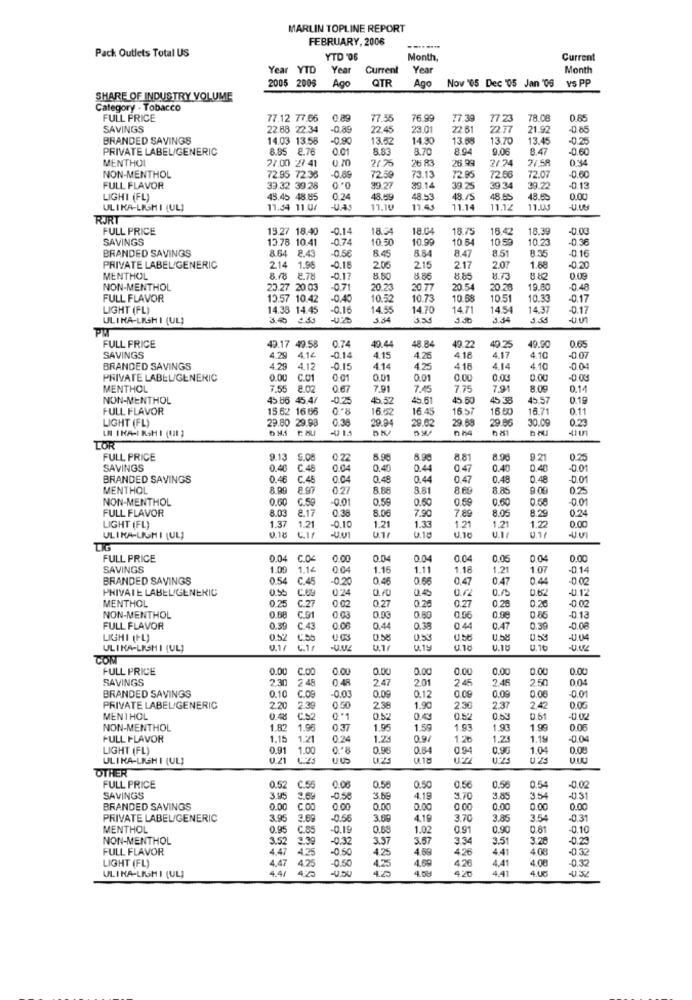
MARLIN TOPLINE REPORT
FEBRUARY, 2006
Pack Outlets Total US
YTD '06
Month,
Current
Year YTD
Year
Current
Year
Month
2005 2005
Ago
QTR
Ago
Nov '05 Dec '05 Jan '05
vs PP
SHARE OF INDUSTRY VOLUME
Category - Tobacco
FULL PRICE
77.12 77.66
0 89
77.55
76.99
77.39
77.23
78.08
0.65
SAVINGS
22.88 22.34
-0.85
22.45
23.01
22.61
22.77
21.92
-0.85
BRANDED SAVINGS
14.03 13.58
-0.90
13.62
14.30
13.68
13.70
13.45
-0.25
PRIVATE LABEL/GENERIC
8.85 8.76
0.01
8.83
8.70
8.94
9.06
8.47
-0,60
MENTHOL
27.00 27 41
0.70
2.25
26 83
26 99
2/74
2/ 58
0:34
NON-MENTHOL
72.95 72.36
-0.89
72.59
73.13
72.95
72.56
72.07
-0.60
FULL FLAVOR
33.32 39.28
39.27
29.14
30 25
39.34
39.22
-0.13
LIGHT (FL)
45.45 48.85
0.24
48.659
48.53
48 /5
48 65
48.65
0.00
ULIKA-LIGMI (UL]
11.34 11.0/
17,10
11.45
11.14
11.12
11.4
U.Uy
RURT
FULL PRICE
19.27 18.40
-0.14
18.04
18.04
18.75
16.42
18.3
-0.00
SAVINGS
13.78 10.41
0.74
10.30
10.99
10.64
10.59
10.23
-0.36
BRANDED SAVINGS
8.64 2.43
0.56
8.45
8.84
8.47
8.51
8.35
-0.16
2.07
PRIVATE LABEL/GENERIC
214
1.95
-0.18
2.0€
215
217
1.88
MENTHOL
8.18 8.78
-0.17
8.50
8.86
8.85
8.75
882
009
NON-MENTHOL
23.27 20.03
-0.71
20.23
20.77
20.54
20.28
19.80
-0.48
FULL FLAVOR
13.57 10.42
10.52
10.73
10.68
10.51
10.33
-0.17
LIGHT (FL)
14.38 14.45
-0.16
14.55
14.70
14.71
14.54
14.37
-0.17
ULTRA-LISHI (UL)
3.4 25
3.34
3.53
3.34
3.58
FULL PRICE
49.17 49.58
0.74
40.25
40.44
48.84
49.22
49.90
0.65
SAVINGS
4.29
4.14
-0.14
4.15
4.26
4 18
4.17
4 10
-0.07
BRANDED SAVINGS
4.29
4.12
0.15
4.14
4.2
4.18
4.14
4 10
-0.04
PRIVATE LABEL/GENERIC
0.00
C.01
0.01
0.01
0.01
0.00
0.00
0.00
MENTHOL
7.55
8.02
0.67
7.91
7.45
7.75
7,91
8.09
0.14
NON-MENTHOL
45.86 45.4/
0.25
45.32
$5.61
45 50
45.38
45.57
0.19
FULL FLAVOR
15.62 16.66
16.52
16.45
16.57
16 60
16.71
0.11
LIGHT (FL)
29.80 29.98
0.38
29.94
29.62
29.68
29.86
30.09
0.23
LN INA-I RSH I (III )
TOR
FULL PRICE
9.13 5.08
0.22
8.96
8.90
8 81
8.90
9.21
0.25
SAVINGS
0.46
C.48
0.40
0.44
0 47
0.40
0.40
BRANDED SAVINGS
0.46
C.45
0.49
0.44
0.47
0.48
0.48
0.01
MENTHOL
8.99
8.97
0.27
8.88
8.81
8 69
8.85
9.09
0.25
NON-MENTHOL
0.60
C.59
-0.01
0.59
0.50
0.59
0.60
0.58
-0.01
FULL FLAVOR
8.03
8.17
7.90
8.29
0.24
0.38
8.06
7.89
8.05
LIGHT (FL)
1.37
1.21
-0.10
1.21
1.3€
1.21
1.21
1.22
0.00
ULIKA-LIGHI (UL)
0.18
0.17
U.18
FULL PRICE
0.04
0.00
0.04
0.04
0.04
0.05
0.04
0.00
SAVINGS
1.00
1.14
004
1.16
1.11
1.18
1.21
1.07
-0.14
BRANDED SAVINGS
0.54
C.45
0.46
0.66
04
0.47
0.44
PRIVATE LABEL/GENERIC
0.55
C.69
0.24
0.70
0.45
0.72
0.4
0.62
-0.12
MENTHOL
0.25
0.27
0.25
0.27
0.28
C.27
0.26
NON-MENTHOL
0.08
C.91
0 03
0.93
0.50
0.06
0.98
0.85
-013
FULL FLAVOR
C.43
0.44
0.38
0.44
0.47
0.39
LIGHI (FL)
0.52
0.58
0.58
-4.0
ULINA-LISHI (UL)
0.1/
0.1/
0.19
U.18
U.16
COM
FULL PRICE
0.00
C.00
0.00
0.00
0.00
0.00
0.00
0.00
0.00
SAVINGS
230
2 48
2.47
201
245
2.45
2.50
0.04
0.09
0.09
BRANDED SAVINGS
0.10 C.09
-0.0
0.09
0.12
0.08
PRIVATE LABEL/GENERIC
2.20
2.39
0.50
2.38
1.90
2.30
2.37
2.42
0.05
MENTHOL
C.S2
0*1
0.52
0.4
0.52
0.53
0.51
-0.02
NON-MENTHOL
1.82
1.96
0.37
1.95
1.59
1.93
1.93
1.99
0.06
FULL FLAVOR
1.15
1.21
0.24
8.0
1.23
0.9/
1.26
1.25
1.15
-0.04
LIGHT (FL)
0.91
1.00
0.98
0.84
094
0.90
1.04
0.08
ULIKA-LIGHI (UL)
0.21
OTHER
FULL PRICE
0.52
C.55
0.00
0.5€
0.50
0.56
0.56
0.54
-0.02
SAVINGS
3. 95
3.69
3.59
4.19
3.70
3.85
3.54
-031
BRANDED SAVINGS
0.00
C.OO
0.00
0.00
0.00
0.00
0.00
0.00
0.00
PRIVATE LABEL/GENERIC
3.95
3.69
-0.56
3.69
4.19
3.70
3.85
3.54
0.31
MENTHOL
0.95 C.85
-0.19
0.68
1.02
0.91
0.90
0.81
-0.10
NON-MENTHOL
3.52 3.39
-0.32
3.37
3.57
3.34
3.51
3.78
-0.2
FULL FLAVOR
4.47 4.25
-0.50
4.25
4.66
4.26
4.41
4 08
-0.3
4,47
4.25
0.50
4.25
4.69
4.26
4,41
4.08
0.32
LIGHT (FL)
4.41
4-
420
4.41
4.00
ULIKA-LISHI (UL]